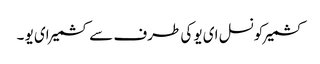
کشمیرکونسل ای یو کی طرف سے کشمیرای یو ۔